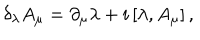
\delta _ { \lambda } { A } _ { \mu } = \partial _ { \mu } { \lambda } + i \left[ \lambda , { A } _ { \mu } \right] ,